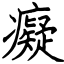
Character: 癡